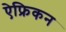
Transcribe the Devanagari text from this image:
ऐफ्रिकन